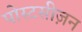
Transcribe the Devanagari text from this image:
पोस्टसीज़न